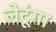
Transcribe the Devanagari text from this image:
लेटूंगा